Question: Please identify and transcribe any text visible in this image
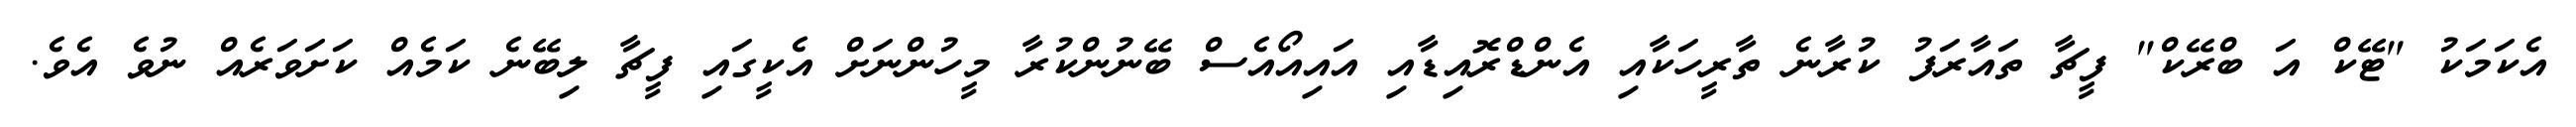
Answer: އެކަމަކު "ޓޭކް އަ ބްރޭކް" ފީޗާ ތައާރަފު ކުރާނެ ތާރީހަކާއި އެންޑްރޮއިޑާއި އައިއޯއެސް ބޭނުންކުރާ މީހުންނަށް އެކީގައި ފީޗާ ލިބޭނެ ކަމެއް ކަށަވަރެއް ނުވެ އެވެ.